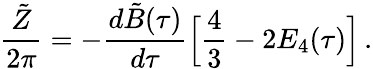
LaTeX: {\frac{\tilde{Z}}{2\pi}}=-{\frac{d{\tilde{B}}(\tau)}{d\tau}}\Big[{\frac{4}{3}}-2E_{4}(\tau)\Big]\, .